King Institute of Preventive Medicine Bacteriolog. Section reports 1907-08
Year: 1907
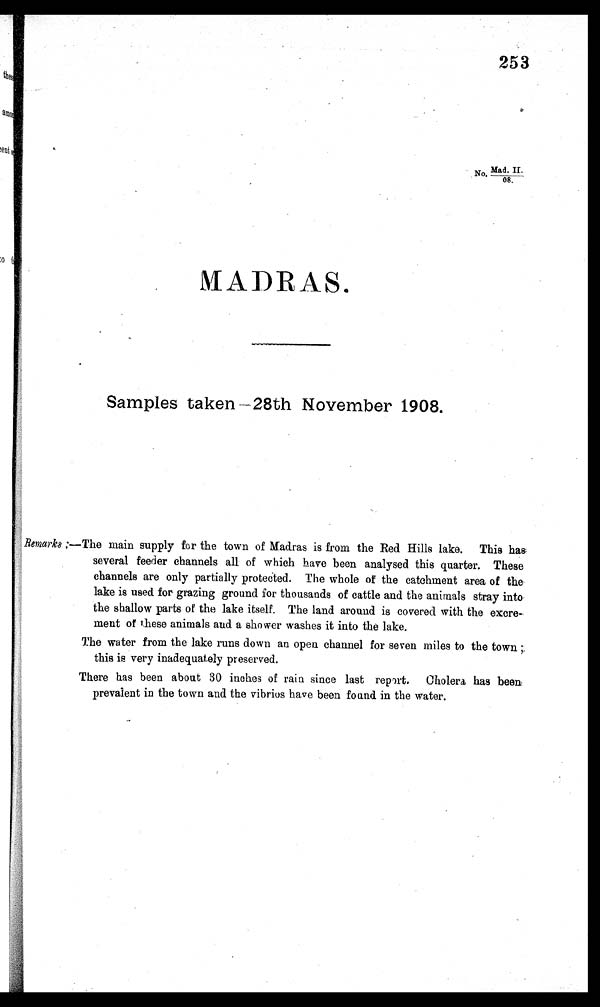
MADRAS.
Samples taken -28th November 1908.
Remarks ;—The main supply for the town of Madras is from the Red Hills lake. This has.
several feeder channels all of which have been analysed this quarter. These
channels are only partially protected. The whole of the catchment area of the
lake is used for grazing ground for thousands of cattle and the animals stray into
the shallow parts of the lake itself. The land around is covered with the excre
ment of these animals and a shower washes it into the lake.
The water from the lake runs down an open channel for seven miles to the town
this is very inadequately preserved.
There has been about 30 inches of rain since last report.
Cholera has been:
prevalent in the town and the vibrios have been found in the water.